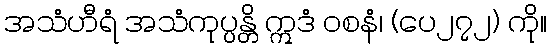
အသံဟီရံ အသံကုပ္ပန္တိ ဣဒံ ဝစနံ၊ (ပေ၂၇၂) ကို။